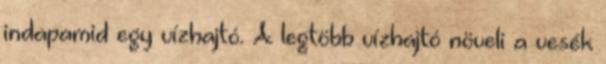
indapamid egy vízhajtó. A legtöbb vízhajtó növeli a vesék